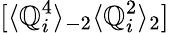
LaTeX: [\langle\mathbb{Q}_{i}^{4}\rangle_{-2}\langle\mathbb{Q}_{i}^{2}\rangle_{2}]